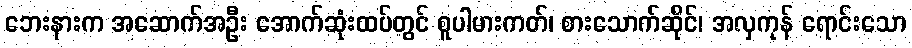
ဘေးနားက အဆောက်အဦး အောက်ဆုံးထပ်တွင် စူပါမားကတ်၊ စားသောက်ဆိုင်၊ အလှကုန် ရောင်းသော